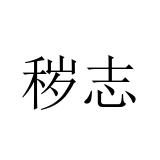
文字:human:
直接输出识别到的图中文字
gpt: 秽志